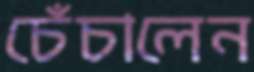
চেঁচালেন